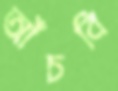
আঁচবি